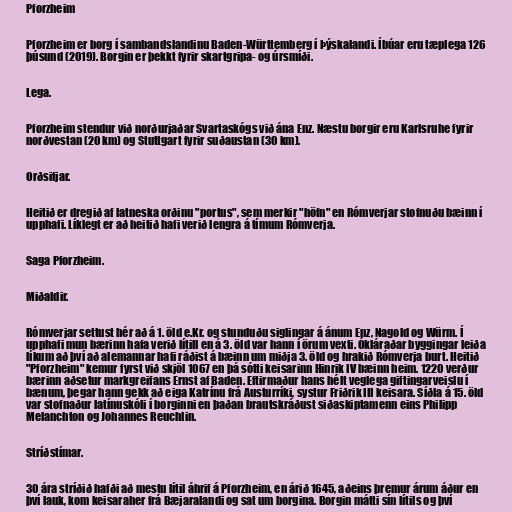
Pforzheim

Pforzheim er borg í sambandslandinu Baden-Württemberg í Þýskalandi. Íbúar eru tæplega 126
þúsund (2019). Borgin er þekkt fyrir skartgripa- og úrsmíði.

Lega.

Pforzheim stendur við norðurjaðar Svartaskógs við ána Enz. Næstu borgir eru Karlsruhe fyrir
norðvestan (20 km) og Stuttgart fyrir suðaustan (30 km).

Orðsifjar.

Heitið er dregið af latneska orðinu "portus", sem merkir "höfn" en Rómverjar stofnuðu bæinn í
upphafi. Líklegt er að heitið hafi verið lengra á tímum Rómverja.

Saga Pforzheim.

Miðaldir.

Rómverjar settust hér að á 1. öld e.Kr. og stunduðu siglingar á ánum Enz, Nagold og Würm. Í
upphafi mun bærinn hafa verið lítill en á 3. öld var hann í örum vexti. Ókláraðar byggingar leiða
líkum að því að alemannar hafi ráðist á bæinn um miðja 3. öld og hrakið Rómverja burt. Heitið
"Pforzheim" kemur fyrst við skjöl 1067 en þá sótti keisarinn Hinrik IV bæinn heim. 1220 verður
bærinn aðsetur markgreifans Ernst af Baden. Eftirmaður hans hélt veglega giftingarveislu í
bænum, þegar hann gekk að eiga Katrínu frá Austurríki, systur Friðrik III keisara. Síðla á 15. öld
var stofnaður latínuskóli í borginni en þaðan brautskráðust siðaskiptamenn eins Philipp
Melanchton og Johannes Reuchlin.

Stríðstímar.

30 ára stríðið hafði að mestu lítil áhrif á Pforzheim, en árið 1645, aðeins þremur árum áður en
því lauk, kom keisaraher frá Bæjaralandi og sat um borgina. Borgin mátti sín lítils og því